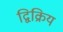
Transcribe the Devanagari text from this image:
द्विक्रिय